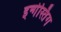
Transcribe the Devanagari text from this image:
इन्गेस्तिंग